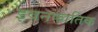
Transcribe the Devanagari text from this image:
इवनफातिक